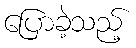
ပြောခဲ့သည့်